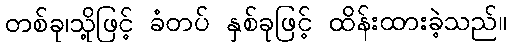
တစ်ခု၊သို့ဖြင့် ခံတပ် နှစ်ခုဖြင့် ထိန်းထားခဲ့သည်။